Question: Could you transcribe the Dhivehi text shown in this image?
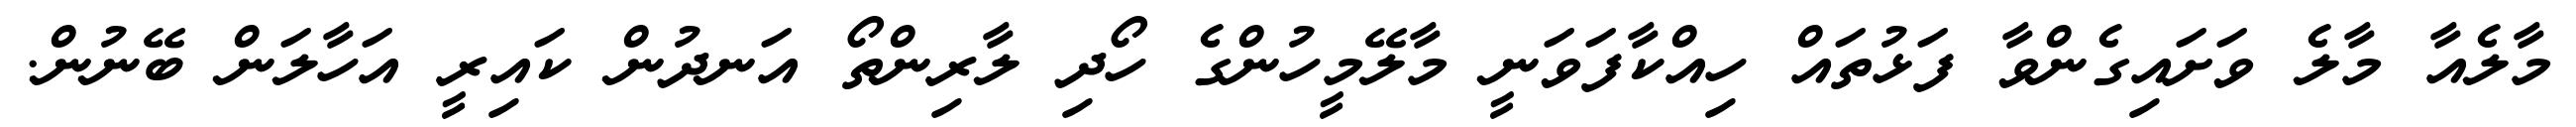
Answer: މާލެއާ މާލެ ވަށައިގެންވާ ފަޅުތައް ހިއްކާފަވަނީ މާލޭމީހުންގެ ހޯދި ލާރިންތޯ އަނދުން ކައިރީ އަހާލަން ބޭނުން.